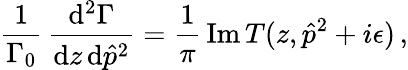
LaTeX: \frac{1}{\Gamma_{0}}\, \frac{\mathrm{d}^{2}\Gamma}{\mathrm{d}z\, \mathrm{d}\hat{p}^{2}}=\frac{1}{\pi}\, \mathrm{Im}\, T(z,\hat{p}^{2}+i\epsilon)\, ,